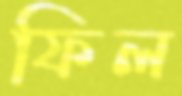
ফিল